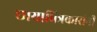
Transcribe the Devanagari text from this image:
छायाचित्रकारांनी